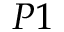
P 1